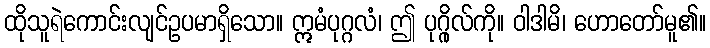
ထိုသူရဲကောင်းလျင်ဥပမာရှိသော။ ဣမံပုဂ္ဂလံ၊ ဤ ပုဂ္ဂိုလ်ကို။ ဝါဒါမိ၊ ဟောတော်မူ၏။